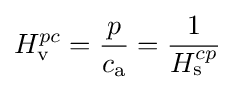
H_{\rm {v}}^{pc}={\frac {p}{c_{\text{a}}}}={\frac {1}{H_{\rm {s}}^{cp}}}